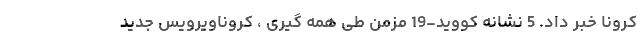
کرونا خبر داد. 5 نشانه کووید-19 مزمن طی همه گیری ، کروناویرویس جدید